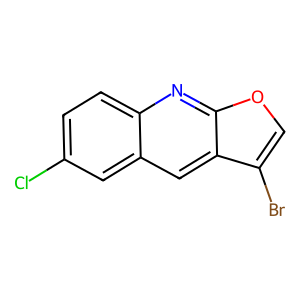
SMILES: Clc1ccc2nc3occ(Br)c3cc2c1
Inhibits HIV replication: No